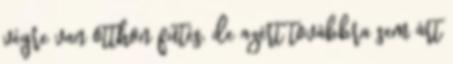
végre van otthon fűtés, de azért továbbra sem árt